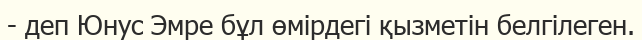
- деп Юнус Эмре бұл өмірдегі қызметін белгілеген.